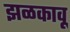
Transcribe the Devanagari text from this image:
झळकावू